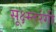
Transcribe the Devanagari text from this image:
सूक्ष्म्तरंगी